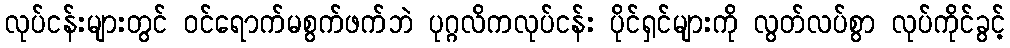
လုပ်ငန်းများတွင် ဝင်ရောက်မစွက်ဖက်ဘဲ ပုဂ္ဂလိကလုပ်ငန်း ပိုင်ရှင်များကို လွတ်လပ်စွာ လုပ်ကိုင်ခွင့်